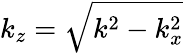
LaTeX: k_{z}=\sqrt{k^{2}-k_{x}^{2}}